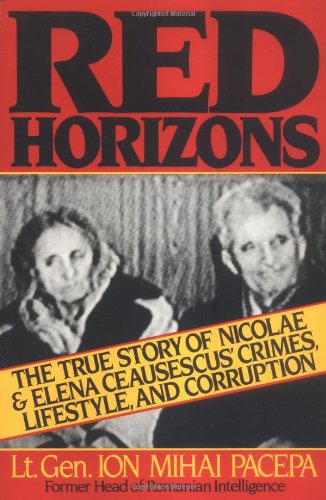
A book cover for Red Horizons: The True Story of Nicolae and Elena Ceausescus' Crimes, Lifestyle, and Corruption; Ion Mihai Pacepa; Biographies & Memoirs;